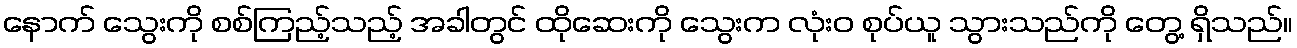
နောက် သွေးကို စစ်ကြည့်သည့် အခါတွင် ထိုဆေးကို သွေးက လုံးဝ စုပ်ယူ သွားသည်ကို တွေ့ ရှိသည်။